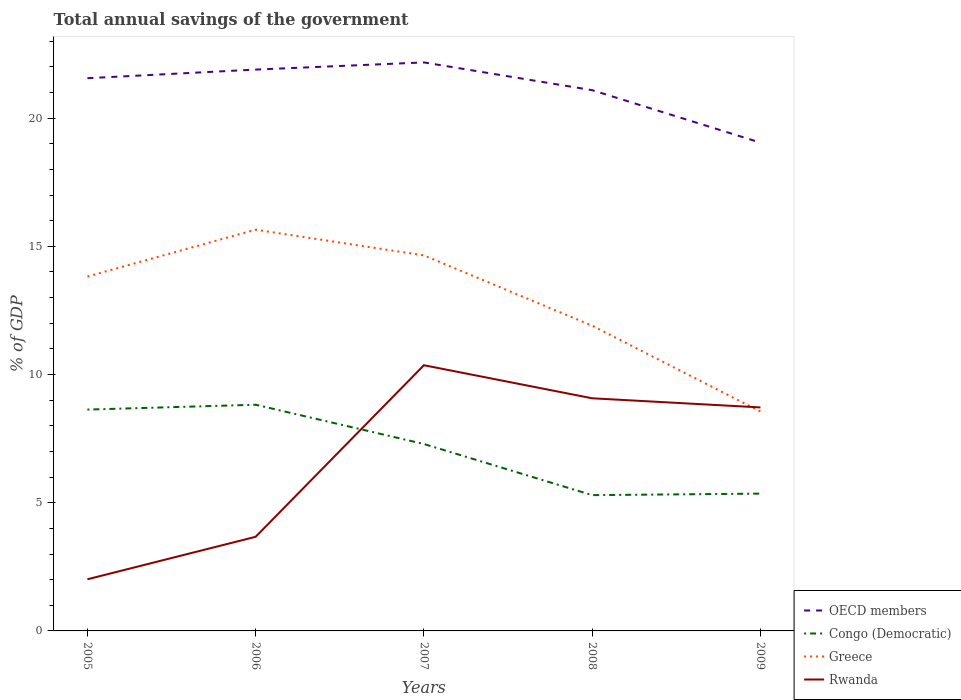
| Years | OECD members | Congo (Democratic) | Greece | Rwanda |
 | --- | --- | --- | --- | --- |
 | 2005 | 21.6 | 8.63 | 13.8 | 2.01 |
 | 2006 | 21.9 | 8.82 | 15.6 | 3.67 |
 | 2007 | 22.2 | 7.29 | 14.6 | 10.4 |
 | 2008 | 21.1 | 5.3 | 11.9 | 9.07 |
 | 2009 | 19 | 5.36 | 8.56 | 8.72 |